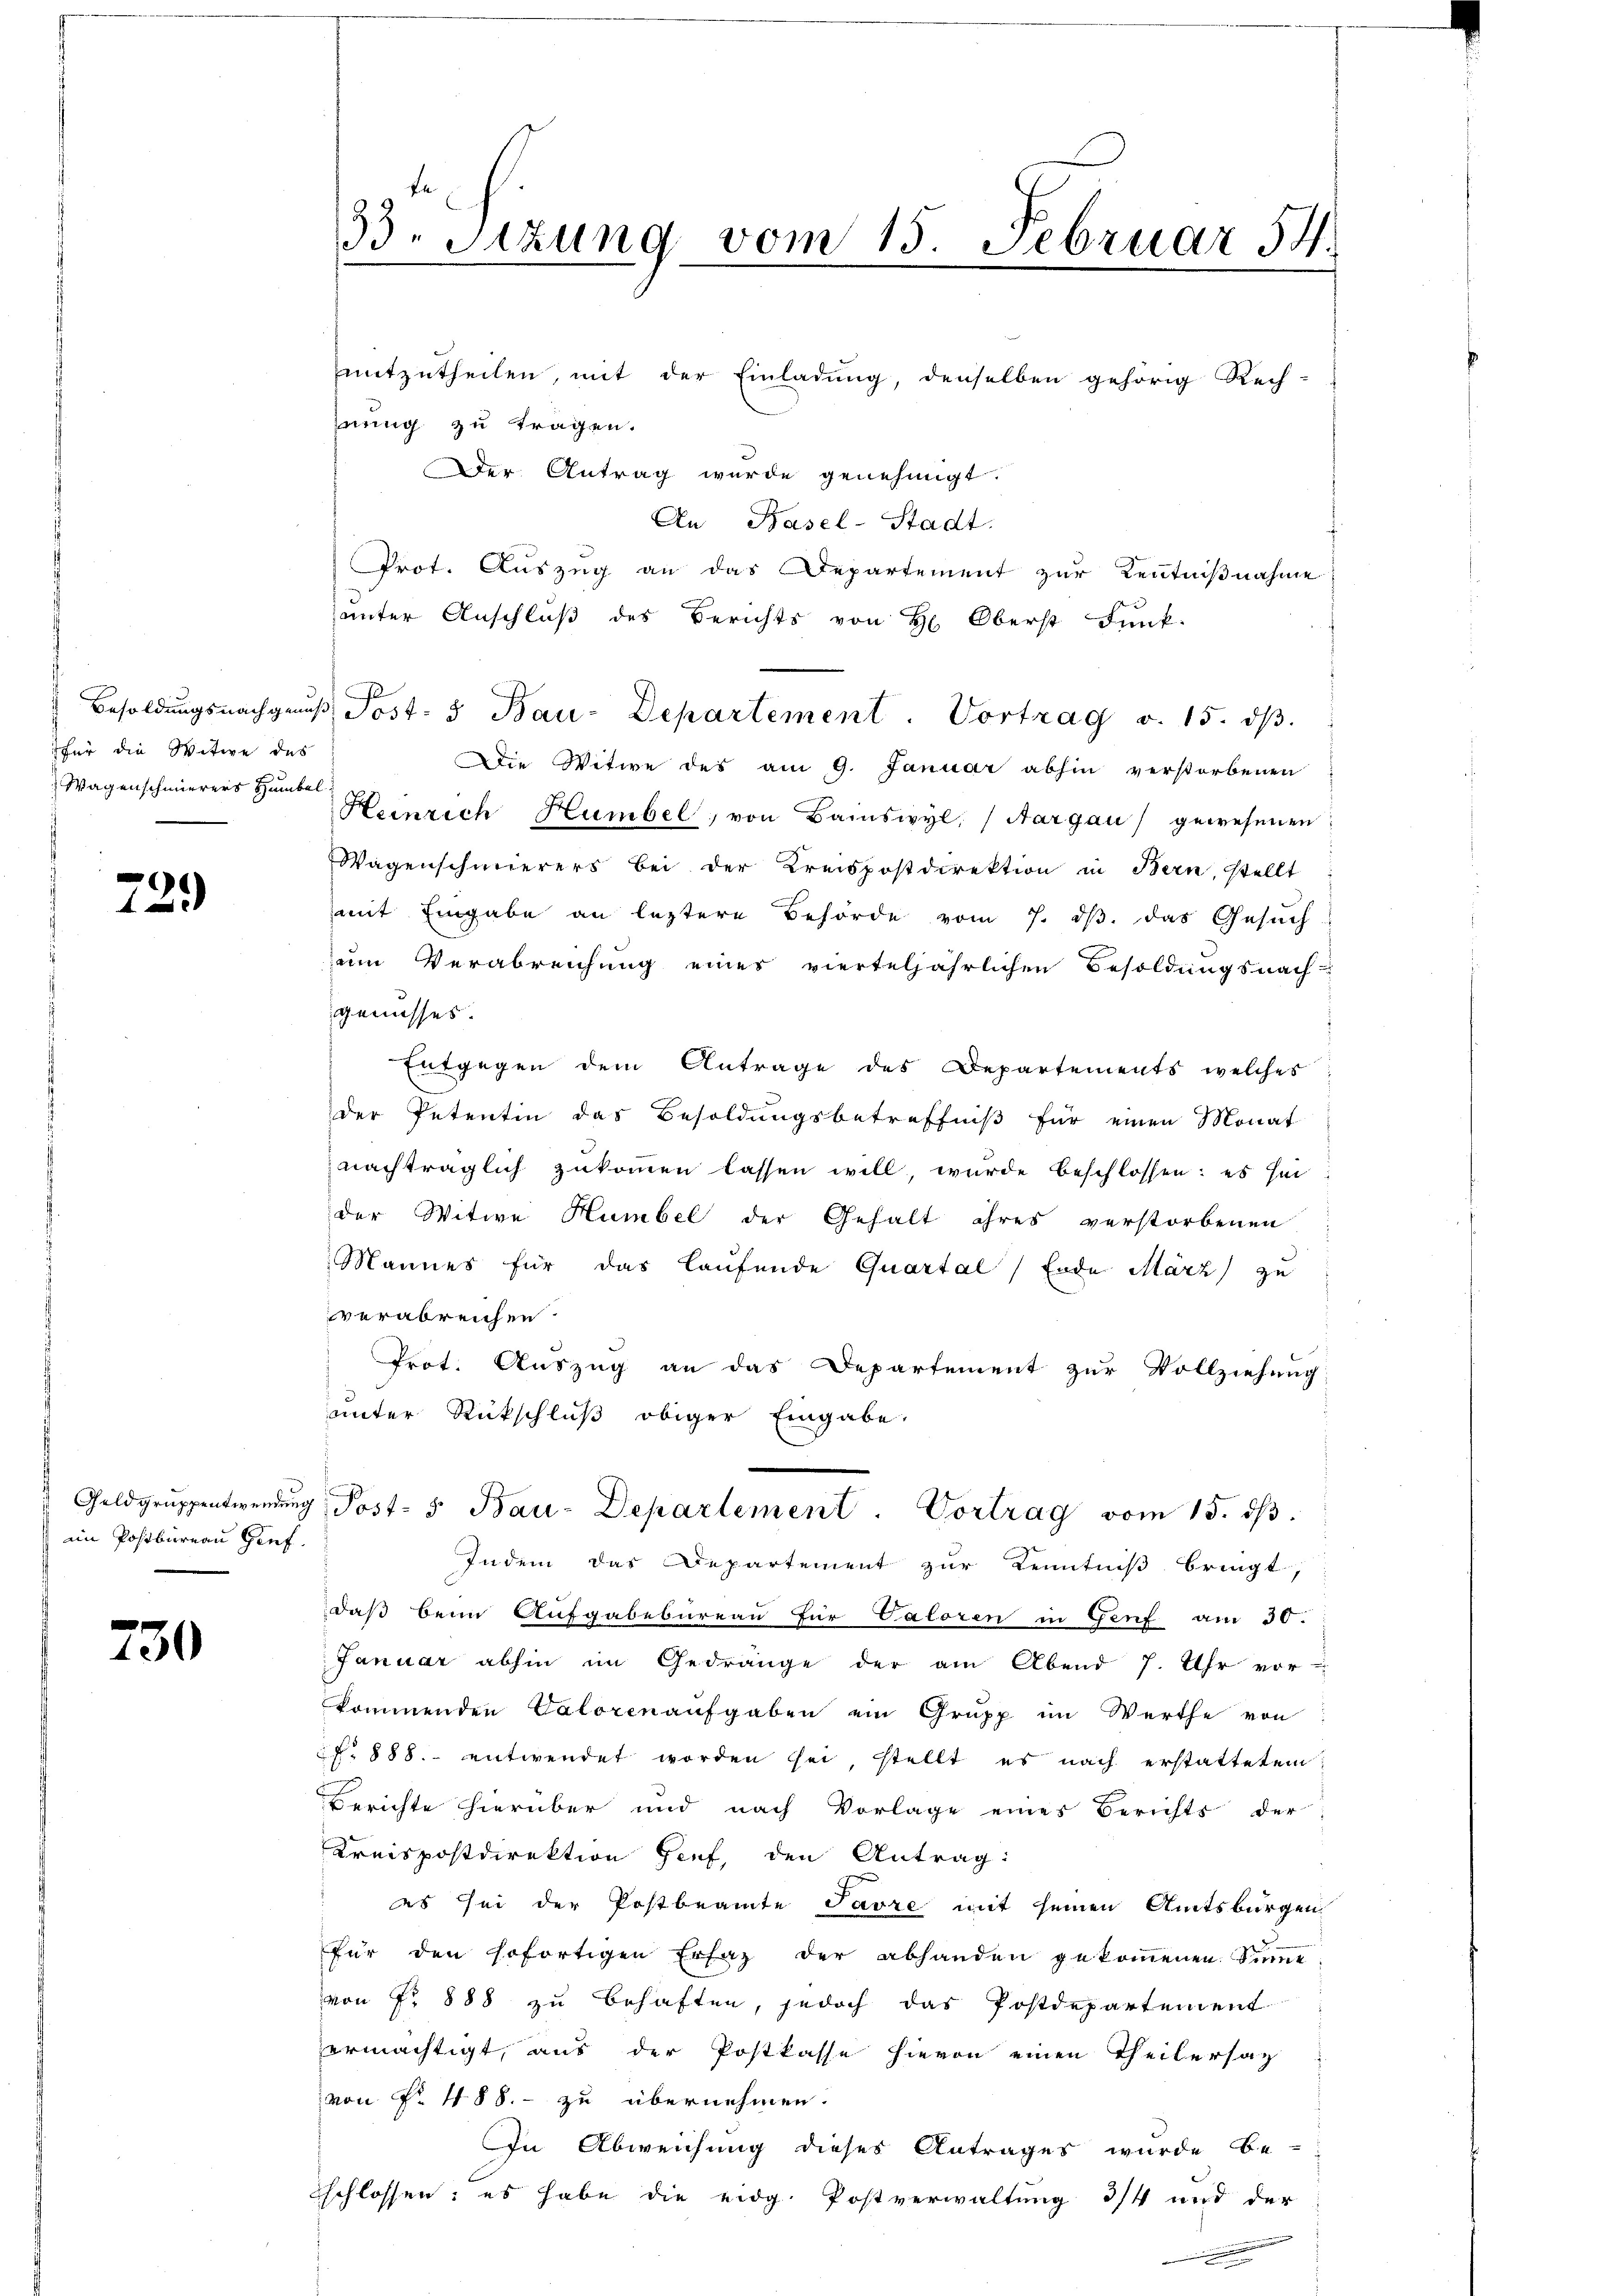
für die Witwe des
Wagenschmierers Humbel

.
123

en Postbureau Genf.

230

mitzutheilen, mit der Einladung, denselben gehörig Rech-
hnung zu tragen.
Der Antrag wurde genehmigt.
An Basel-Stadt.
Prot. Auszug an das Departement zur Kenntnißnahme
unter Anschluß des Berichts von H. Oberst Funk-
Die Witwe des am 9. Januar abhin verstorbenen
Heinrich Humbel, von Baiswyl, (Aargau gewesenen
Wagenschmierers bei der Kreispostdirektion in Bern, stellt
mit Eingabe an leztere Behörde vom 7. ds. das Gesuch
zum Verabreichung eines vierteljährlichen Besoldungsnach-
genusses.
Entgegen dem Antrage des Departements welches
der Petentin das Besoldungsbetreffniß für einen Monat
nachträglich zukommen lassen will, wurde beschlossen: es sei
der Witwe Humbel der Gehalt ihres verstorbenen
Mannes für das laufende Quartal) Ende März zu
verabreichen.
Prot. Auszug an das Departement zur Vollziehung
unter Rückschluß obiger Eingabe.
Geldgruppentwendŭng, Post- 5. Bau-Departement. Vortrag vom 15. dβ.
Indem das Departement zur Kenntniß bringt,
daß beim Aufgabebureau für Valoren in Genf am 30.
Januar abhin im Gedränge der am Abend 7. Uhr vor-
kommenden Valoren aufgaben ein Grupp im Werthe von
No 888. entwendet worden sei, stellt es nach erstattetem
Berichte hierüber und nach Vorlage eines Berichts der
Kreispostdirektion Gief, den Antrag:
es sei der Postbeamte Favre mit seinen Amtsbürgen
für den sofortigen Erlag der abhanden gekommenen Sinne
von No 888 zu behaften, jedoch das Postdepartement
ermächtigt, aus der Postkasse hievon einen Theilersag
von No. 488. - zu übernehmen.
In Abweichung dieses Antrages wurde be-
schlossen: es habe die eidg. Postverwaltung 3/4 und der
e

33. Sizung vom 15. Februar 54.
e

Besoldungsnachgenus Post- & Bau-Departement. Vortrag v. 15. ds.